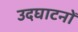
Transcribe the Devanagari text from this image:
उदघाटनों